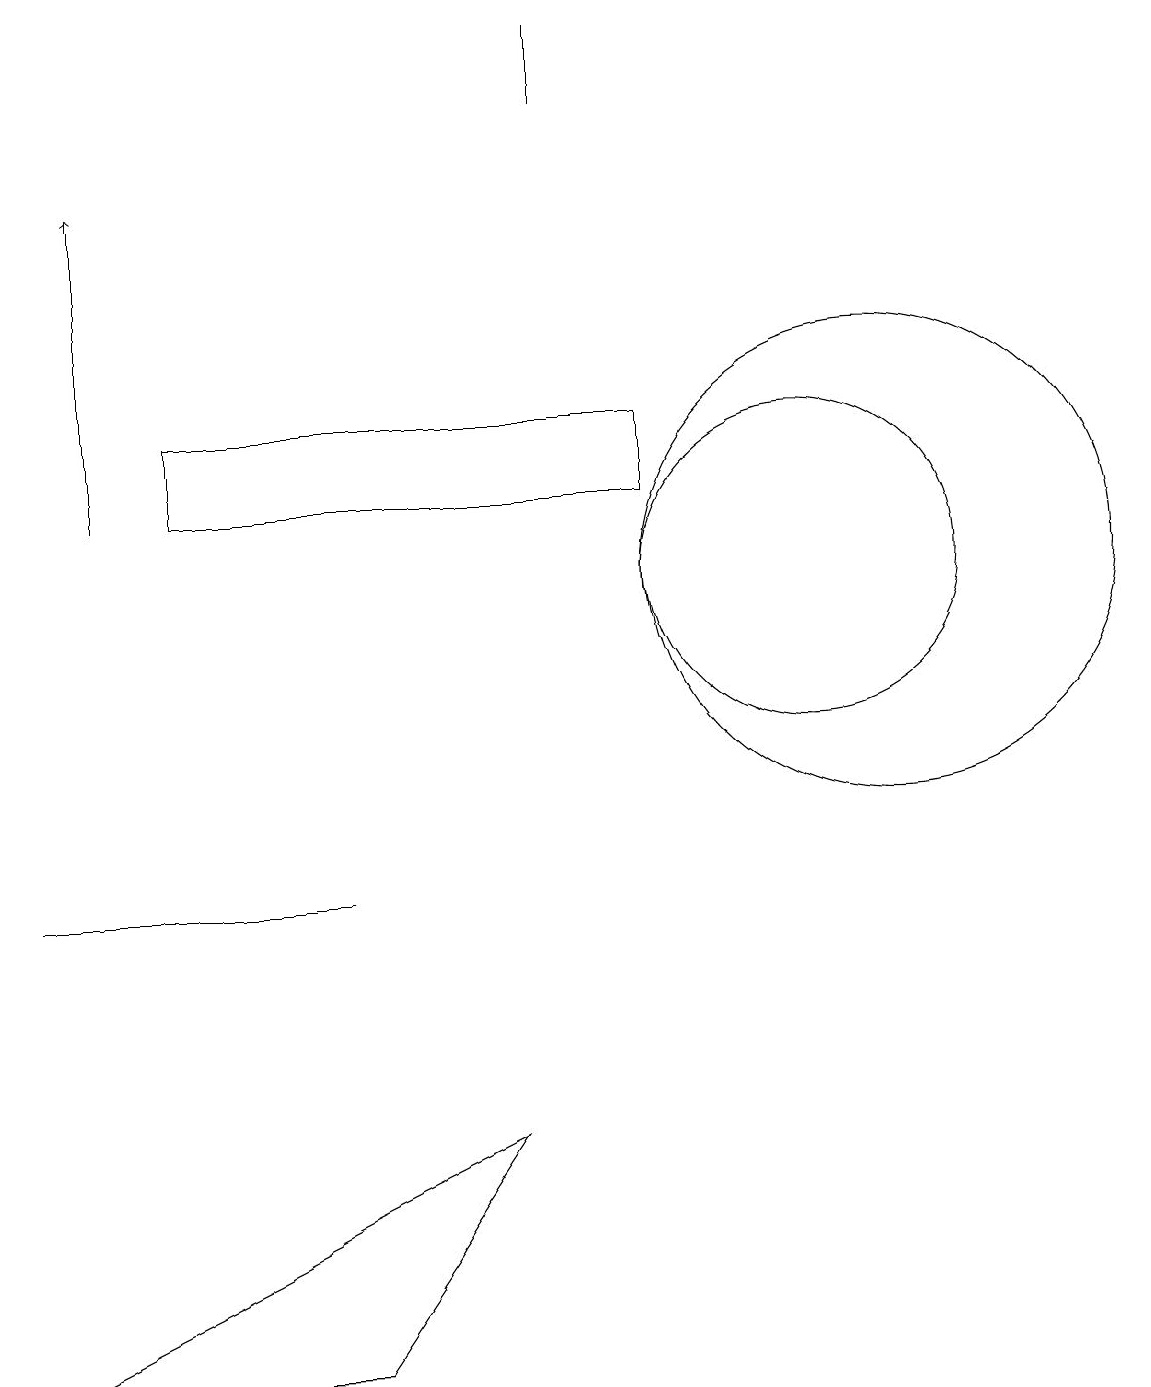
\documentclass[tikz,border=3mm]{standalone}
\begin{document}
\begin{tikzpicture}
\draw (10,11) circle (2);
\draw (8,13) rectangle (2,12);
\draw[->] (1,12) -- (1,16);
\draw (4,1) -- (6,4) -- (0,1) -- cycle;
\draw (2,7) -- (0,7) -- (4,7) -- cycle;
\draw (11,11) circle (3);
\draw (7,18) rectangle (7,17);
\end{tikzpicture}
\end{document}